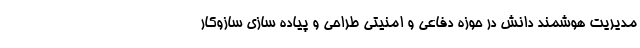
مدیریت هوشمند دانش در حوزه دفاعی و امنیتی طراحی و پیاده سازی سازوکار